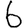
Digit: 6